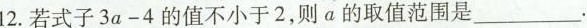
12. 若式子$$3 a - 4$$的值不小于2，则a的取值范围是___.